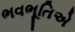
ભવભૂતિએ